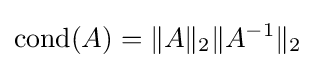
{\mbox{cond}}(A)=\|A\|_{2}\|A^{-1}\|_{2}